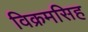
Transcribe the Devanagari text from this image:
विक्रमसिह